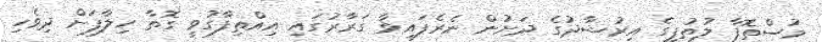
މުސްތޮފާ ލުތުފީގެ އިރުޝާދުގެ ދަށުން ނެރެފައިވާ ގަރާރުގައި އިއްތިފާގުވީ ގޮތާ ހިލާފަށް ދިވެހި